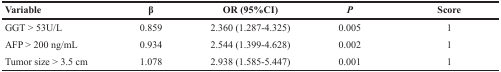
| Variable | β | OR (95%CI) | P | Score |
 | --- | --- | --- | --- | --- |
 | GGT > 53U/L | 0.859 | 2.360 (1.287-4.325) | 0.005 | 1 |
 | AFP > 200 ng/mL | 0.934 | 2.544 (1.399-4.628) | 0.002 | 1 |
 | Tumor size > 3.5 cm | 1.078 | 2.938 (1.585-5.447) | 0.001 | 1 |